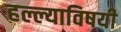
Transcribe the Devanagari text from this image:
हल्ल्याविषयी